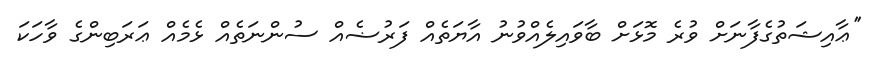
''ޢާއިޝަތުގެފާނަށް ވުރެ މޮޅަށް ބާވައިލެއްވުނު އާޔަތެއް ފަރުޟެއް ސުންނަތެއް ޅެމެއް ޢަރަބިންގެ ވާހަކަ